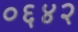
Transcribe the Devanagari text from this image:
०६४२